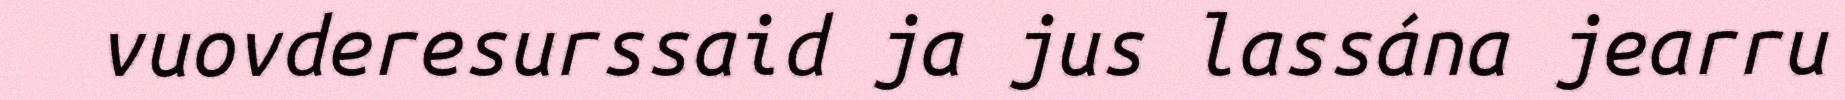
vuovderesurssaid ja jus lassána jearru